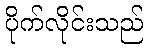
ပိုက်လိုင်းသည်